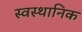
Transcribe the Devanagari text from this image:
स्वस्थानिक